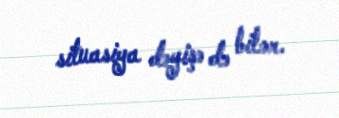
situasiya dəyişə də bilər.